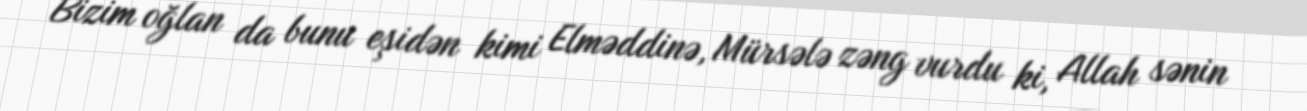
Bizim oğlan da bunu eşidən kimi Elməddinə, Mürsələ zəng vurdu ki, Allah sənin